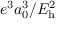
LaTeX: e ^ { 3 } a _ { 0 } ^ { 3 } / E _ { \mathrm { h } } ^ { 2 }